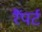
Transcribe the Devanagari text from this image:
रैंपर्ट